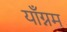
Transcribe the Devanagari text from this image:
याँग्नम